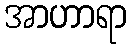
အာဟာရာ